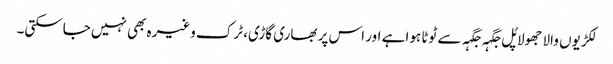
لکڑیوں والا جھولا پُل جگہہ جگہہ سے ٹوٹا ہوا ہے اور اس پر بھاری گاڑی، ٹرک وغیرہ بھی نہیں جاسکتی۔